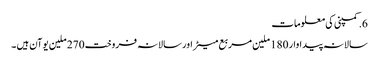
6.کمپنی کی معلومات
سالانہ پیداوار 180 ملین مربع میٹر اور سالانہ فروخت 270 ملین یوآن ہیں ۔